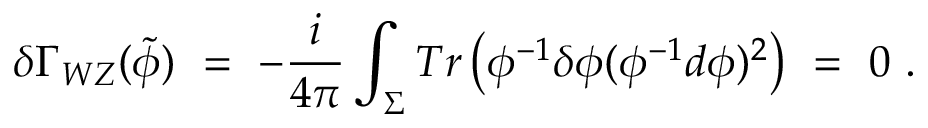
\delta \Gamma _ { W Z } ( \widetilde { \phi } ) \ = \ - \frac { i } { 4 \pi } \int _ { \Sigma } T r \left( \phi ^ { - 1 } \delta \phi ( \phi ^ { - 1 } d \phi ) ^ { 2 } \right) \ = \ 0 \ .